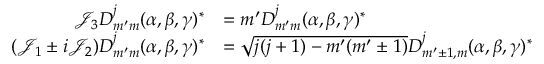
{ \begin{array} { r l } { { \mathcal { J } } _ { 3 } D _ { m ^ { \prime } m } ^ { j } ( \alpha , \beta , \gamma ) ^ { * } } & { = m ^ { \prime } D _ { m ^ { \prime } m } ^ { j } ( \alpha , \beta , \gamma ) ^ { * } } \\ { ( { \mathcal { J } } _ { 1 } \pm i { \mathcal { J } } _ { 2 } ) D _ { m ^ { \prime } m } ^ { j } ( \alpha , \beta , \gamma ) ^ { * } } & { = { \sqrt { j ( j + 1 ) - m ^ { \prime } ( m ^ { \prime } \pm 1 ) } } D _ { m ^ { \prime } \pm 1 , m } ^ { j } ( \alpha , \beta , \gamma ) ^ { * } } \end{array} }